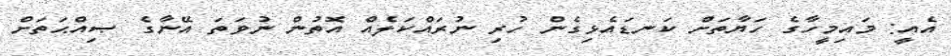
އެއީ: މައިމީހާގެ ހަޔާތަށް ކަނޑައެޅިގެން ހުރި ނުރައްކަލެއް އޮތުން ނުވަތަ އޭނާގެ ޞިއްޙަތަށް